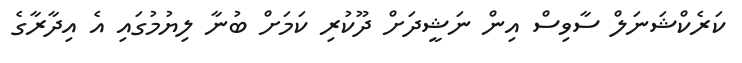
ކަރެކްޝަނަލް ސާވިސް އިން ނަޝީދަށް ދޫކުރި ކަމަށް ބުނާ ލިޔުމުގައި އެ އިދާރާގެ